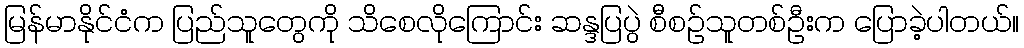
မြန်မာနိုင်ငံက ပြည်သူတွေကို သိစေလိုကြောင်း ဆန္ဒပြပွဲ စီစဉ်သူတစ်ဦးက ပြောခဲ့ပါတယ်။